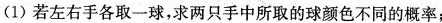
(1)若左右手各取一球，求两只手中所取的球颜色不同的概率；